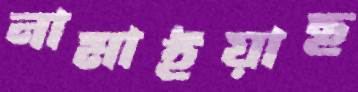
নামাইয়াছ